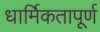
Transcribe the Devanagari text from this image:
धार्मिकतापूर्ण